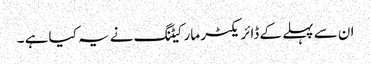
ان سے پہلے کے ڈائریکٹر مارکیٹنگ نے یہ کیا ہے ۔